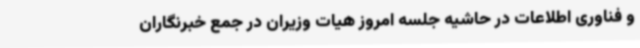
و فناوری اطلاعات در حاشیه جلسه امروز هیات وزیران در جمع خبرنگاران